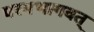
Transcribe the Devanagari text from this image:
परमभागवत्